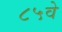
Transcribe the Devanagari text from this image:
८५वे